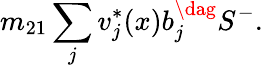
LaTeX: m_{21}\sum_{j}v_{j}^{*}(x)b_{j}^{\dag}S^{-}.